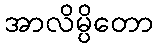
အာလိမ္ပိတော